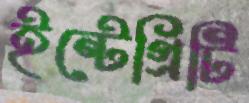
ইন্টেগ্রিটি